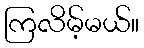
ကြလိမ့်မယ်။